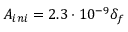
A _ { i n i } = 2 . 3 \cdot 1 0 ^ { - 9 } \delta _ { f }